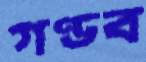
গণ্ডব